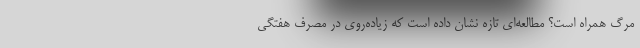
مرگ همراه است؟ مطالعه‌ای تازه نشان داده است که زیاده‌روی در مصرف هفتگی